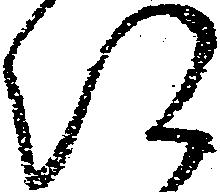
江